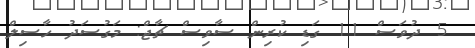
5 ދުވަސް 11 ގަޑި ކުރިން ސާވިސް ޗާޖް: މަގުސަދު ހާސިލް